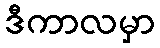
ဒီကာလမှာ